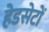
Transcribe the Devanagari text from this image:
हेडसेटों